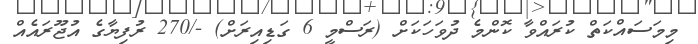
މިމަސައްކަތް ކުރައްވާ ކޮންމެ ދުވަހަކަށް (ރަސްމީ 6 ގަޑިއިރަށް) -/270 ރުފިޔާގެ އުޖޫރައެއް